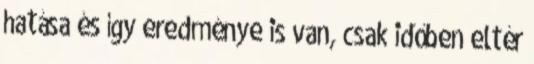
hatása és így eredménye is van, csak időben eltér